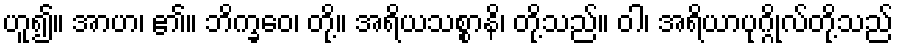
ဟူ၍။ အာဟ၊ ၏။ ဘိက္ခဝေ၊ တို့။ အရိယသစ္စာနိ၊ တို့သည်။ ဝါ၊ အရိယာပုဂ္ဂိုလ်တို့သည်